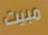
مبيت